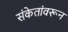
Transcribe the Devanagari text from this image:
संकेतांवरून